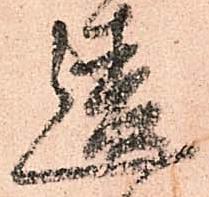
違